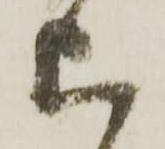
上